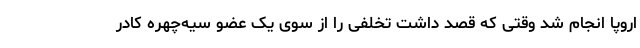
اروپا انجام شد وقتی که قصد داشت تخلفی را از سوی یک عضو سیه‌چهره کادر